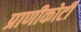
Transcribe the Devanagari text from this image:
प्राणीकोटी